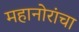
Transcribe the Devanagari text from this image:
महानोरांचा